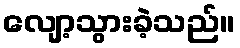
လျော့သွားခဲ့သည်။